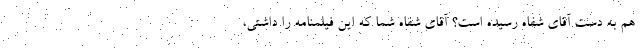
هم به دست آقای شفاه رسیده است؟ آقای شفاه شما که این فیلمنامه را داشتی،